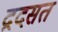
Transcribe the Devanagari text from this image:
द्रदसत